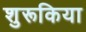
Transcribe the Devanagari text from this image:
शुरूकिया